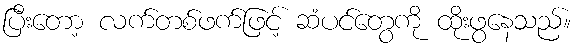
ပြီးတော့ လက်တစ်ဖက်ဖြင့် ဆံပင်တွေကို ထိုးဖွနေသည်။